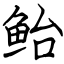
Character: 鲐